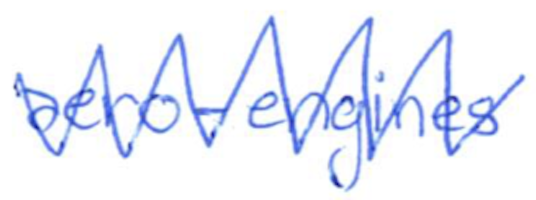
Text: aero-engines
Cross-out: mix
Writing tool: ballpoint